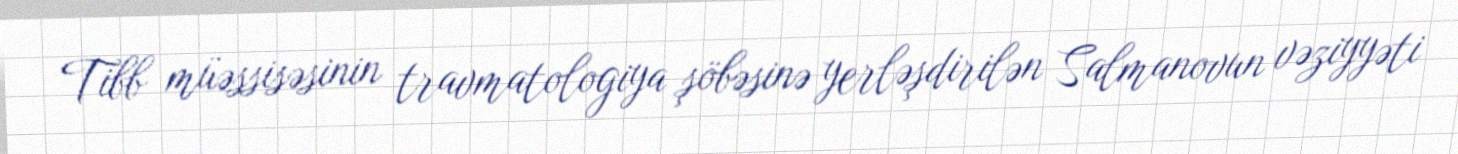
Tibb müəssisəsinin travmatologiya şöbəsinə yerləşdirilən Salmanovun vəziyyəti